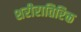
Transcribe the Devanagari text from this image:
शरीरातिरिक्त